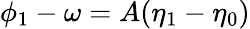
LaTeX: \phi_{1}-\omega=A(\eta_{1}-\eta_{0})